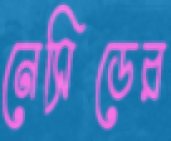
নেসিডের